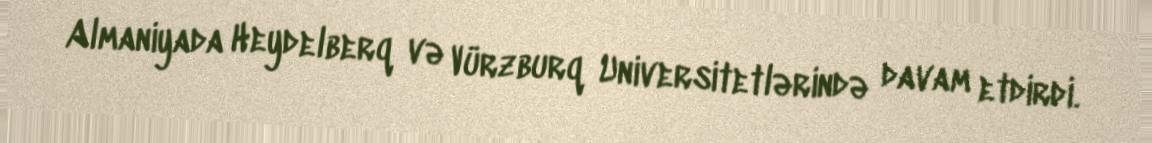
Almaniyada Heydelberq və Vürzburq Universitetlərində davam etdirdi.